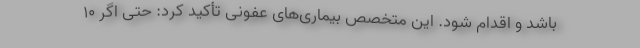
باشد و اقدام شود. این متخصص بیماری‌های عفونی تأکید کرد: حتی اگر ۱۰